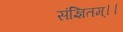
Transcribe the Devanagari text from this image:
संज्ञितम्।।